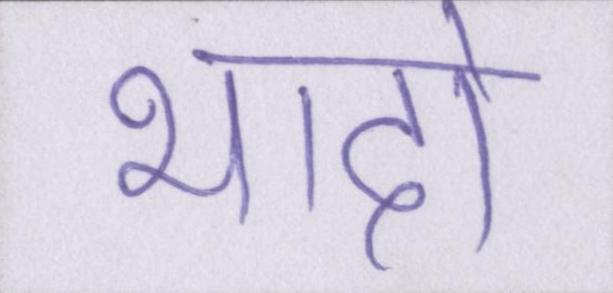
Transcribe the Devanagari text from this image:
भादो